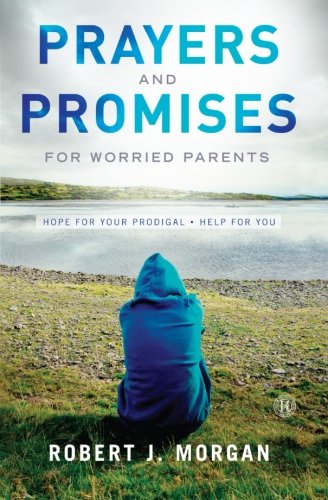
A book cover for Prayers and Promises for Worried Parents: Hope for Your Prodigal. Help for You; Robert  J. Morgan; Christian Books & Bibles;